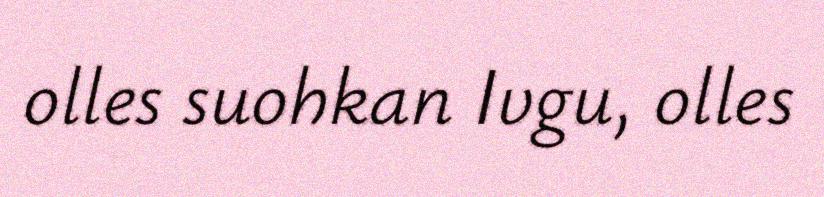
olles suohkan Ivgu, olles